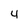
Character: 4